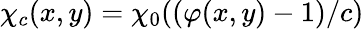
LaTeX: \chi_{c}(x,y)=\chi_{0}((\varphi(x,y)-1)/c)